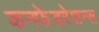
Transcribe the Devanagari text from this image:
कनफेडरेशन्स